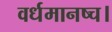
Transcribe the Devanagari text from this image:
वर्धमानष्च।